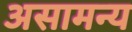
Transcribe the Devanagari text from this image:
असामन्य